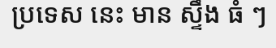
ប្រទេស នេះ មាន ស្ទឹង ធំ ៗ